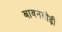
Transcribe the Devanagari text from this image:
बावनसीढ़ी